Annual returns of the Patna Lunatic Asylum at Bankipore in Bihar and Orissa - 1912-1924
Year: 1912
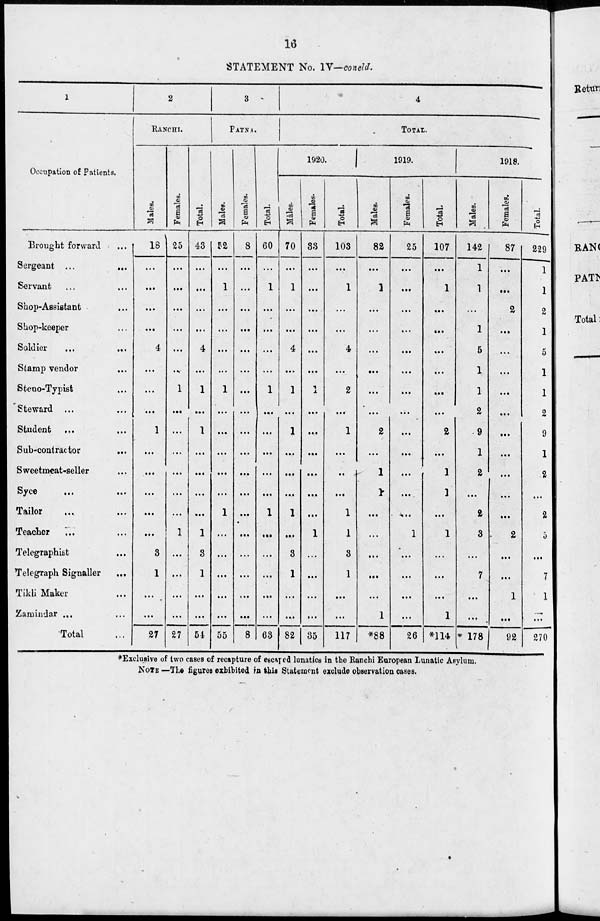
16
STATEMENT No. IV—concld.
1
Occupation of Patients.
Brought forward ...
Sergeant ...
...
Servant... ...
Shop-Assistant...
Shop-keeper ...
Soldier
...
...
Stamp vendor...
Steno-Typist...
Steward ... ...
Student ... ...
Sub-contractor...
Sweetmeat-seller...
Syce... ...
Tailor... ...
Teacher... ...
Telegraphist ...
Telegraph Signaller ...
Tikli Maker...
Zamindar ... ...
Total ...
2
RANCHI.
Males.
18
...
...
...
...
4
...
...
...
1
...
...
...
...
...
3
1
...
...
27
Females.
25
...
...
...
...
...
...
1
...
...
...
...
...
...
1
...
...
...
...
27
Total.
43
...
...
...
...
4
...
1
...
1
...
...
...
...
1
3
1
...
...
54
3
PATNA.
Males.
52
...
1
...
...
...
...
1
...
...
...
...
...
1
...
...
...
...
...
55
Females.
8
...
...
...
...
...
...
...
...
...
...
...
...
...
...
...
...
...
...
8
Total.
60
...
1
...
...
...
...
1
...
...
...
...
...
1
...
...
...
...
...
63
4
TOTAL.
1920.
Males.
70
...
1
...
...
4
...
1
...
1
...
...
...
1
...
3
1
...
...
82
Females.
33
...
...
...
...
...
...
1
...
...
...
...
...
...
1
...
...
...
...
35
Total.
103
...
1
...
...
4
...
2
...
1
...
...
...
1
1
3
1
...
...
117
1919.
Males.
82
...
1
...
...
...
...
...
...
2
...
1
1
...
...
...
...
...
1
*88
Females.
25
...
...
...
...
...
...
...
...
...
...
...
...
...
1
...
...
...
...
26
Total.
107
...
1
...
...
...
...
...
...
2
...
1
1
...
1
...
...
...
1
*114
1918.
Males.
142
1
1
...
1
5
1
1
2
9
1
2
...
2
3
...
7
...
...
178
Females.
87
...
...
2
...
...
...
...
...
...
...
...
...
...
2
...
...
1
...
92
Total.
229
1
1
2
1
5
1
1
2
9
1
2
...
2
5
...
7
1
...
270
*Exclusive of two cases of recapture of escaped lunatics in the Ranchi European Lunatic Asylum.
NOTE —The figures exhibited in this Statement exclude observation cases.